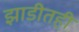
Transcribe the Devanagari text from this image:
झाडीतही